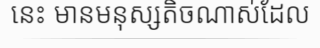
នេះ មានមនុស្សតិចណាស់ដែល